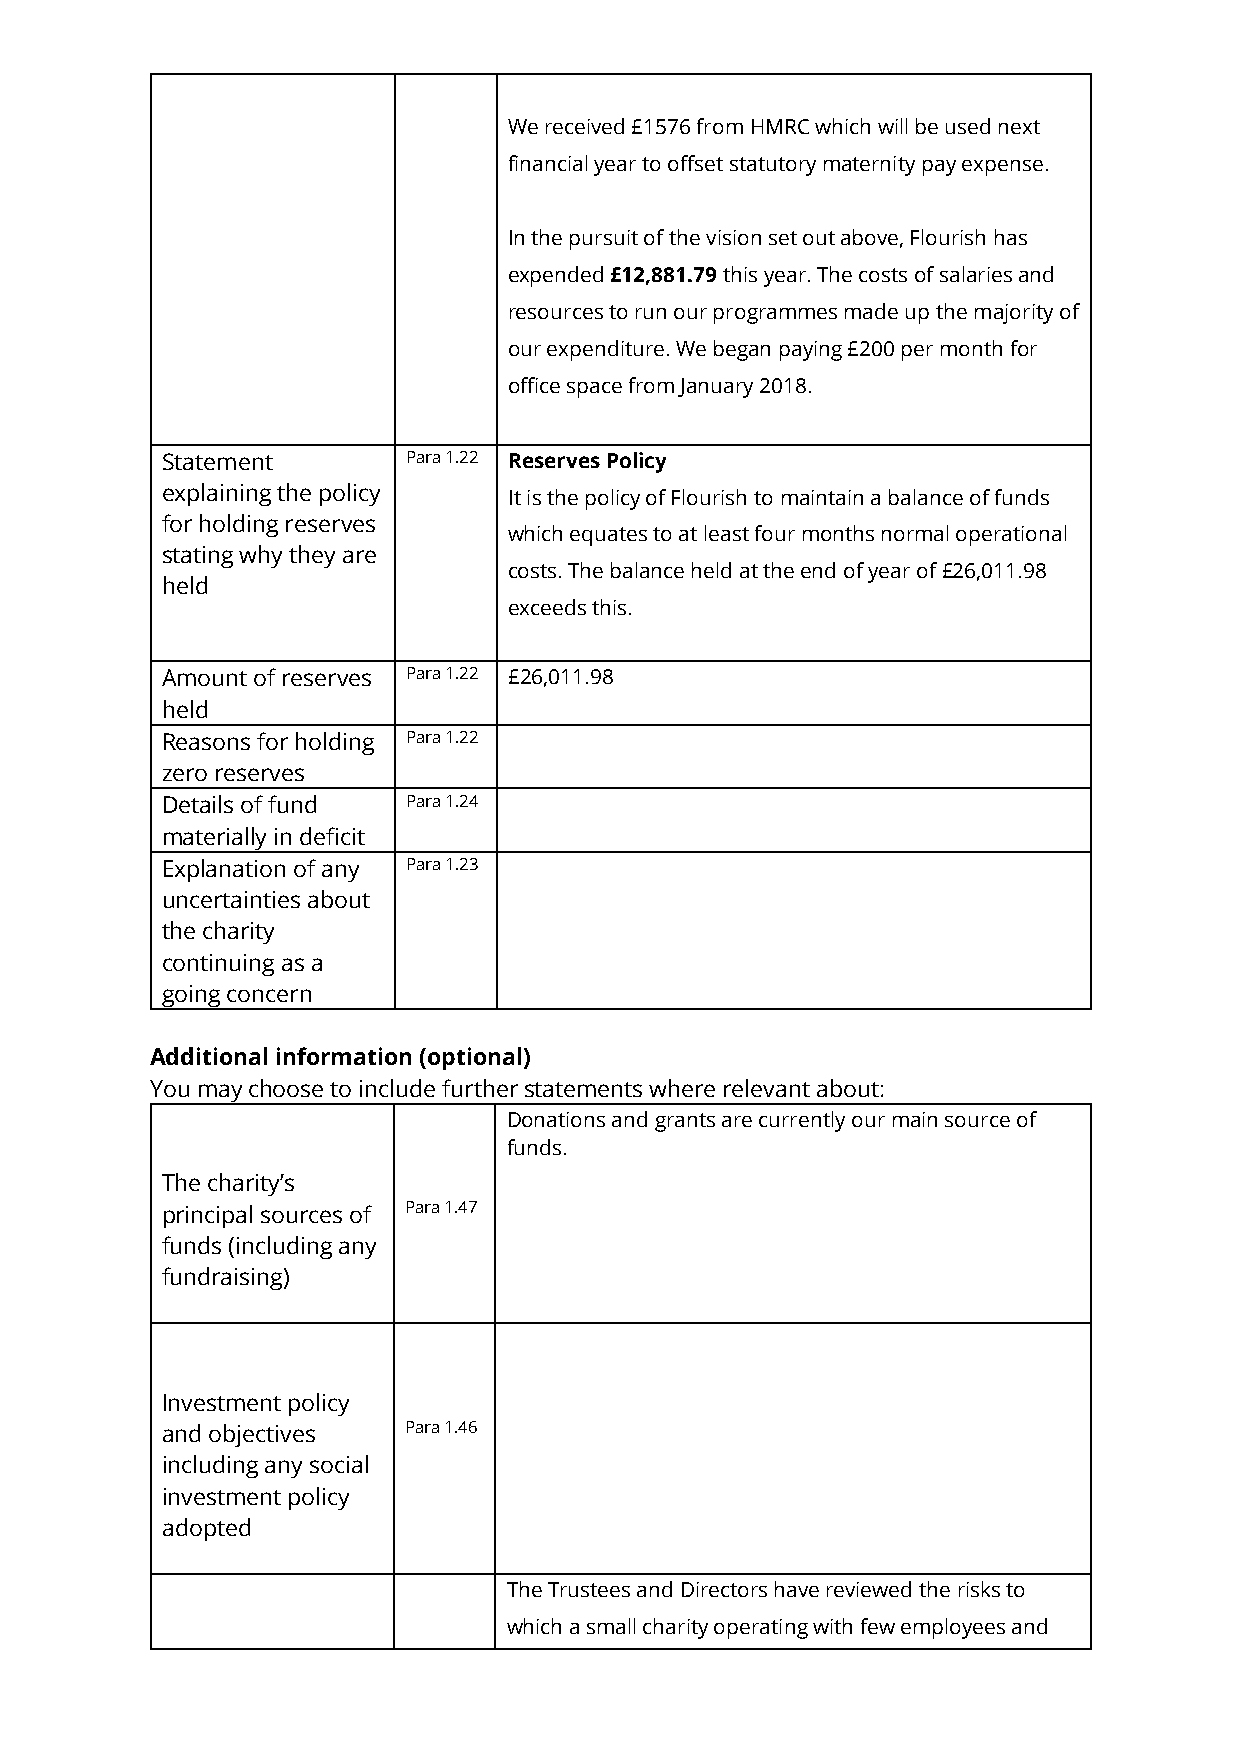
We received £1576 from HMRC which will be used next
 financial year to offset statutory maternity pay expense.
 In the pursuit of the vision set out above, Flourish has
 expended £12,881.79 this year. The costs of salaries and
 resources to run our programmes made up the majority of
 our expenditure. We began paying £200 per month for
 office space from January 2018.
 Statement       Para 1.22 Reserves Policy
 explaining the policy  It is the policy of Flourish to maintain a balance of funds
 for holding reserves
 which equates to at least four months normal operational
 stating why they are
 costs. The balance held at the end of year of £26,011.98
 held
 exceeds this.
 Amount of reserves Para 1.22 £26,011.98
 held
 Reasons for holding Para 1.22
 zero reserves
 Details of fund Para 1.24
 materially in deficit
 Explanation of any Para 1.23
 uncertainties about
 the charity
 continuing as a
 going concern
 Additional information (optional)
 You may choose to include further statements where relevant about:
 Donations and grants are currently our main source of
 funds.
 The charity’s
 principal sources of Para 1.47
 funds (including any
 fundraising)
 Investment policy
 and objectives  Para 1.46
 including any social
 investment policy
 adopted
 The Trustees and Directors have reviewed the risks to
 which a small charity operating with few employees and